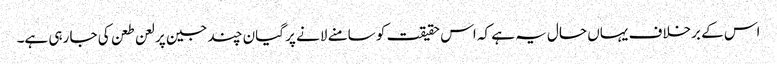
اس کے برخلاف یہاں حال یہ ہے کہ اس حقیقت کو سامنے لانے پر گیان چند جین پر لعن طعن کی جا رہی ہے۔